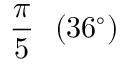
{ \frac { \pi } { 5 } } \ \ ( 3 6 ^ { \circ } )